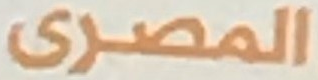
المصرى